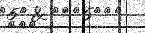
١٤٤